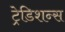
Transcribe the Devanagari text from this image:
ट्रेडिशन्स